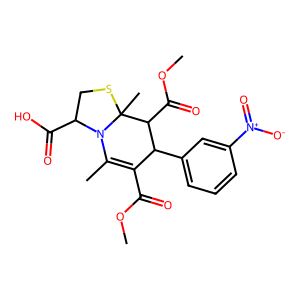
SMILES: COC(=O)C1=C(C)N2C(C(=O)O)CSC2(C)C(C(=O)OC)C1c1cccc([N+](=O)[O-])c1
Inhibits HIV replication: No